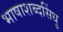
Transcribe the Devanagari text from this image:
भाषाशब्दसिंधु